Insane asylums Bombay 1873-77 - 1873-1877
Year: 1873
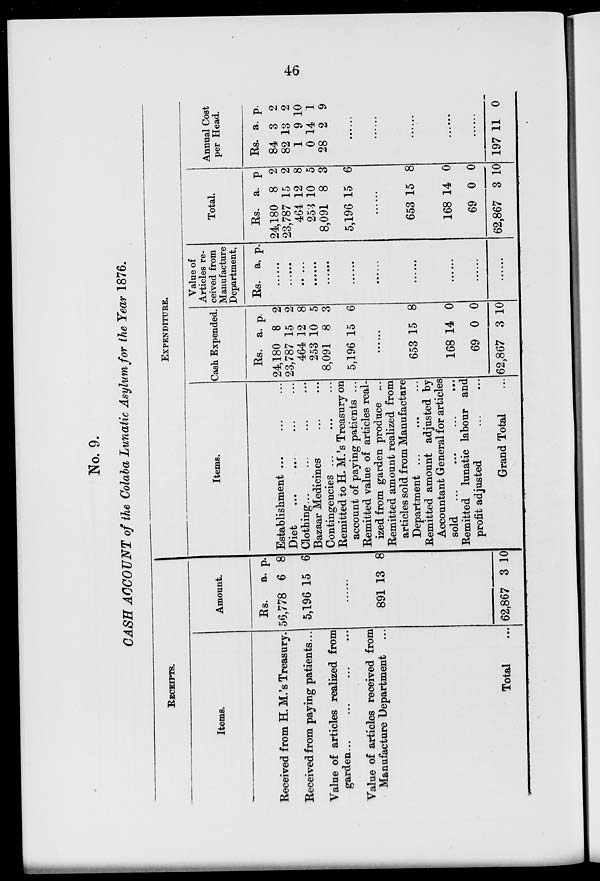
46
No. 9.
CASH ACCOUNT of the Colaba Lunatic Asylum for the Year 1876.
RECEIPTS.
Items.
Received from H. M.'s Treasury.
Received from paying patients...
Value of articles realized from
garden... ... ... ...
Value of articles received from
Manufacture Department ...
Total
Amount.
Rs.
56,778
5,196
a.
6
15
p.
8
6
......
891
62,867
13
3
8
10
EXPENDITURE.
Items.
Establishment ... ... ...
Diet ... ... ... ...
Clothing... ... ... ...
Bazaar Medicines ... ...
Contingencies ... ... ...
Remitted to H. M.'s Treasury on
account of paying patients ...
Remitted value of articles real-
ized from garden produce ...
Remitted amount realized from
articles sold from Manufacture
Department ...
Remitted amount adjusted by
Accountant General for articles
sold ...
... ... ...
Remitted lunatic labour and
profit adjusted ... ...
Grand Total
Cash Expended.
Rs.
24,180
23,787
464
253
8,091
5,196
a.
8
15
12
10
8
15
p.
2
2
8
5
3
6
......
653
168
69
62,867
15
14
0
3
8
0
0
10
Value of
Articles re-
ceived from
Manufacture
Department.
Rs. a. p.
......
......
......
......
......
......
......
......
......
Total.
Rs.
24,180
23,787
464
253
8,091
5,196
a.
8
15
12
10
8
15
p.
2
2
8
5
3
6
......
653
168
69
62,867
15
14
0
3
8
0
0
10
Annual Cost
per Head.
Rs.
84
82
1
0
28
a.
3
13
9
14
2
p.
2
2
10
1
9
......
......
......
......
......
197 11 0